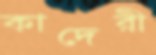
কাদেরী